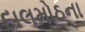
દાલમોઠના